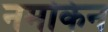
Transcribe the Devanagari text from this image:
नमकिन